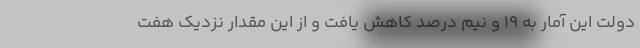
دولت این آمار به ۱۹ و نیم درصد کاهش یافت و از این مقدار نزدیک هفت